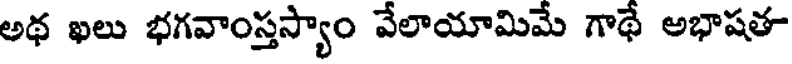
అథ ఖలు భగవాంస్తస్యాం వేలాయామిమే గాథే అభాషత